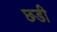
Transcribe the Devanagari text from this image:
छ्डी